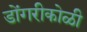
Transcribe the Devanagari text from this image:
डोंगरीकोळी